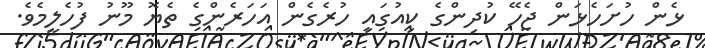
ޅެން ހުށަހެޅަން ޖެހޭ ކުދިންގެ ކިއުގައި ހުރެގެން އަހަރެންގެ ތެޔޮ މޫނު ފުހެލީމެވެ.